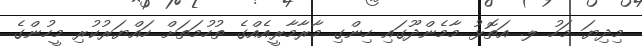
މިދިޔަ މަހު ލ. އަތޮޅު މާމެންދޫގައި ހިންގި މާރާމާރީއެއްގެ ތުހުމަތަށް ހައްޔަރުކުރި މީހުންގެ